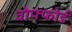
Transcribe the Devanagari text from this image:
वोफ्फोर्ड